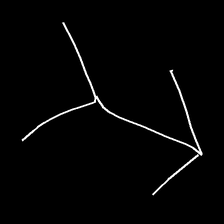
Glyph: gather